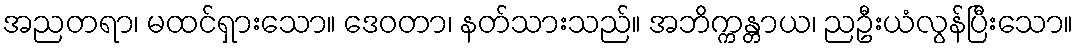
အညတရာ၊ မထင်ရှားသော။ ဒေဝတာ၊ နတ်သားသည်။ အဘိက္ကန္တာယ၊ ညဦးယံလွန်ပြီးသော။